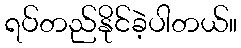
ရပ်တည်နိုင်ခဲ့ပါတယ်။